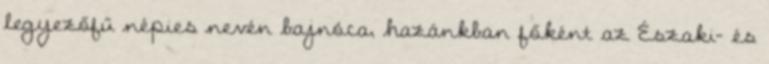
legyezőfű népies nevén bajnóca, hazánkban főként az Északi- és